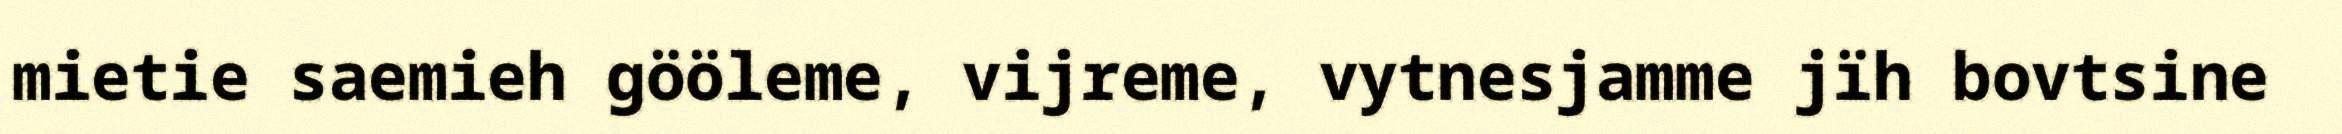
mietie saemieh gööleme, vijreme, vytnesjamme jïh bovtsine